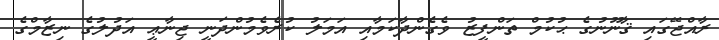
ރާއްޖޭގައި ޤާނޫނުގެ ޙުކުމް ތަންފީޒު ވެގެންދާކަމާއި އަމަލު ކުރެވެމުންދަނީ ޖިނާޢީ އަދުލުގެ ނިޒާމްގެ